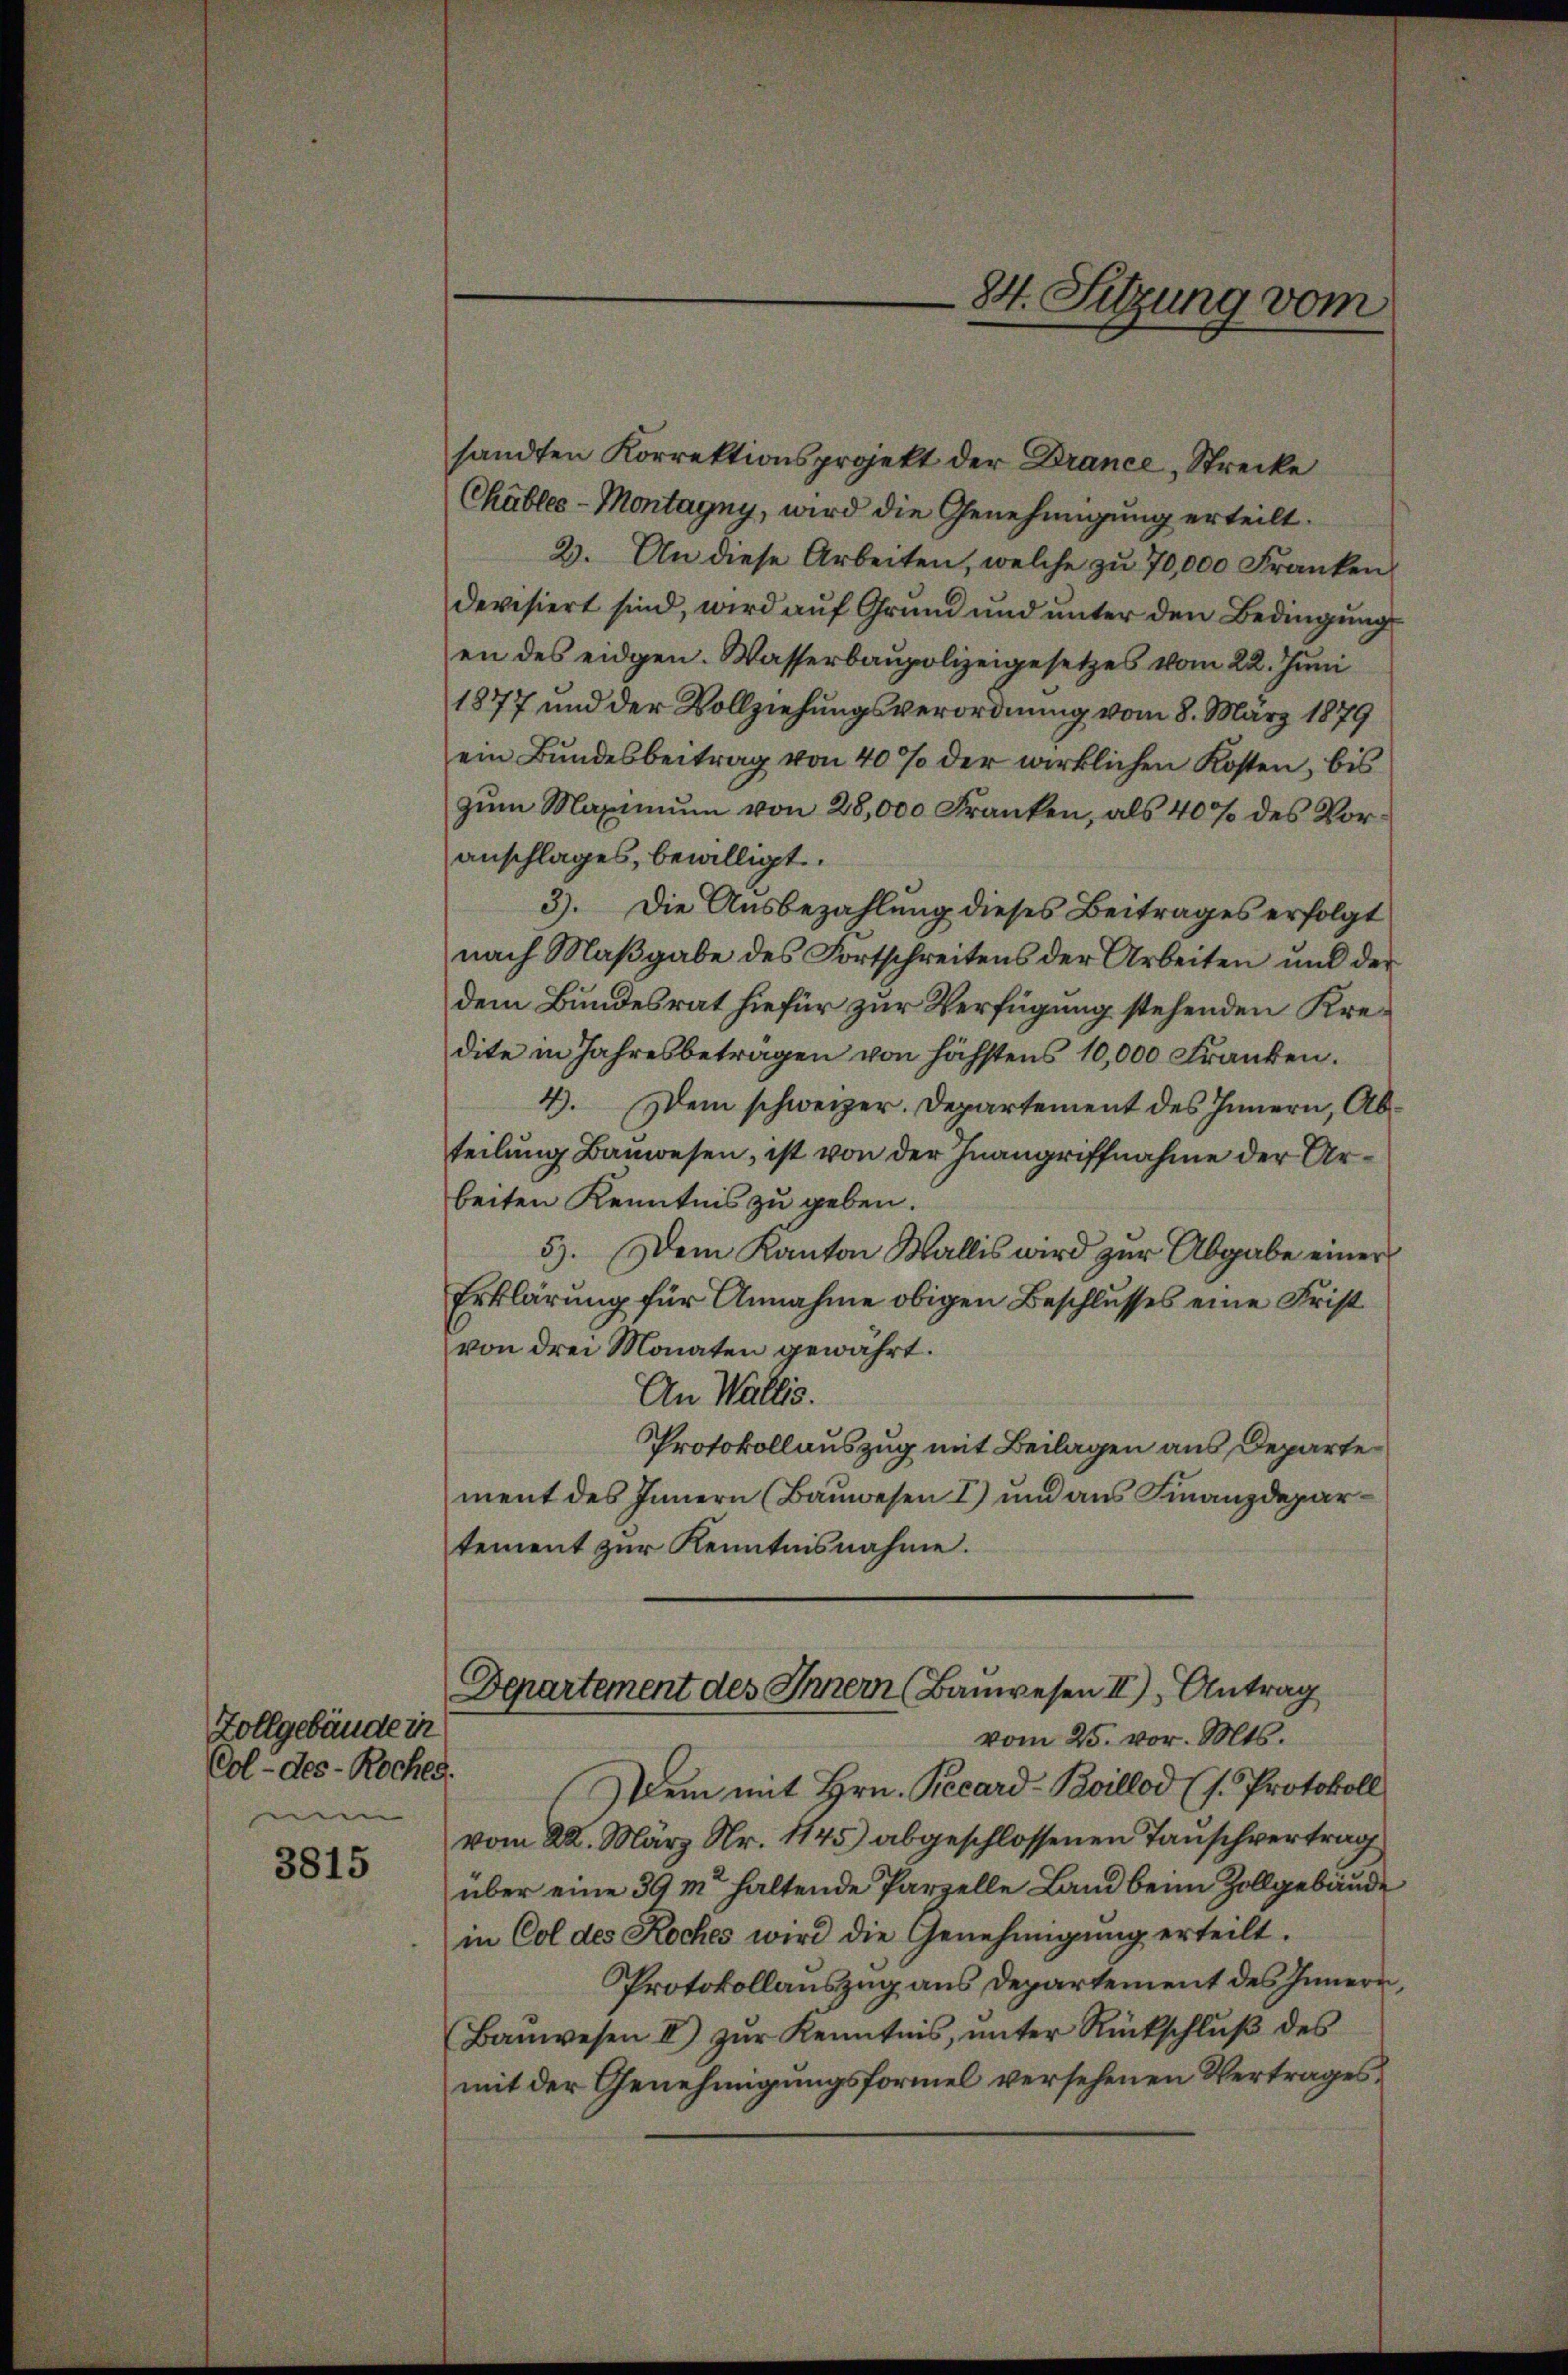
Zollgebäude in
Col- des - Roches.
nu

3815

sandten Korrektionsprojekt der Brance, Strecke
Chabler-Montagny, wird die Genehmigung erteilt.
2. An diese Arbeiten, welche zu 70,000 Franken
devisiert sind, wird auf Grund und unter den Bedingung
en des eidgen. Wasserbaupolizeigesetzes vom 22. Juni
1877 und der Vollziehungsverordnung vom 8. März 1879
ein Bundesbeitrag von 40% der wirklichen Kosten, bis
zum Maximum von 28,000 Franken, als 40% des Voranschlages, bewilligt.
3). Die Ausbezahlung dieses Beitrages erfolgt
nach Maßgabe des Fortschreitens der Arbeiten und der
dem Bundesrat hiefür zur Verfügung stehenden Kredite in Jahresbetragen von höchstens 10,000 Franken.
4. Dem schweizer. Departement des Innern, Abteilung Bauwesen, ist von der Inangriffnahme der Arbeiten Kenntnis zu geben.
5). Dem Kanton Wallis wird zur Abgabe einer
Erklärung für Annahme obigen Beschlusses eine Frist
von drei Monaten gewährt.
An Wallis.
Protokollauszug mit Beilagen aus Departe
ment des Innern (Bauwesen I) und aus Finanzdepartement zur Kenntnisnahme.

em mit Hrn. Recard-Boillod (s. Protokoll
vom 22. März Nr. 1145) abgeschlossenen Tauschvertrag
über eine 39 m haltende Parzelle Land beim Zollgebäude
in Col des Koches wird die Genehmigŭng erteilt.
Protokollauszug aus Departement des Innern,
Baŭwesen II) zŭr Kenntnis, ŭnter Rückschlŭβ des
mit der Genehmigungsformel versehenen Vertrages

84. Sitzung vom

Departement des Innern (Bauwesen II) Antrag
vom 25. vor. Mts.